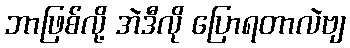
ဘာဖြစ်လို့ အဲဒီလို ပြောရတာလဲဗျ